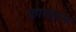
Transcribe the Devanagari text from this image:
फ़ायलम